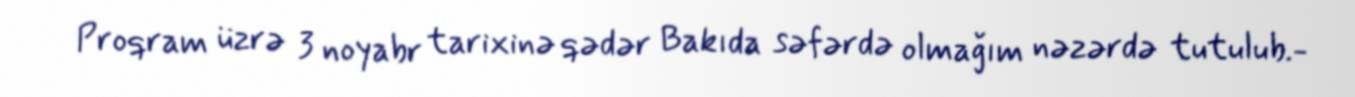
Proqram üzrə 3 noyabr tarixinə qədər Bakıda səfərdə olmağım nəzərdə tutulub.-